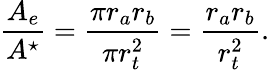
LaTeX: \frac{A_{e}}{A^{\star}}=\frac{\pi r_{a}r_{b}}{\pi r_{t}^{2}}=\frac{r_{a}r_{b}}{r_{t}^{2}}.